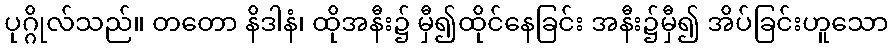
ပုဂ္ဂိုလ်သည်။ တတော နိဒါနံ၊ ထိုအနီး၌ မှီ၍ထိုင်နေခြင်း အနီး၌မှီ၍ အိပ်ခြင်းဟူသော